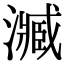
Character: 㵴